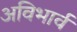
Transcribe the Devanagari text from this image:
अविभार्व